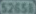
9700